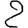
Digit: 2